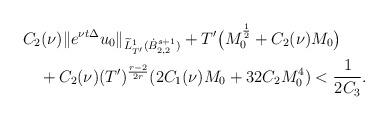
LaTeX: \begin{align*}&C_2(\nu)\|e^{\nu t\Delta}u_0\|_{\widetilde{L}^1_{T'}(\dot{B}^{s+1}_{2,2})}+T'\big(M_0^{\frac{1}2}+C_2(\nu)M_0\big)\\&\quad+C_2(\nu)(T')^{\frac{r-2}{2r}}(2C_1(\nu)M_0+32C_2M^4_0)<\frac{1}{2C_3}.\end{align*}